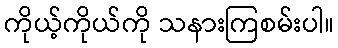
ကိုယ့်ကိုယ်ကို သနားကြစမ်းပါ။